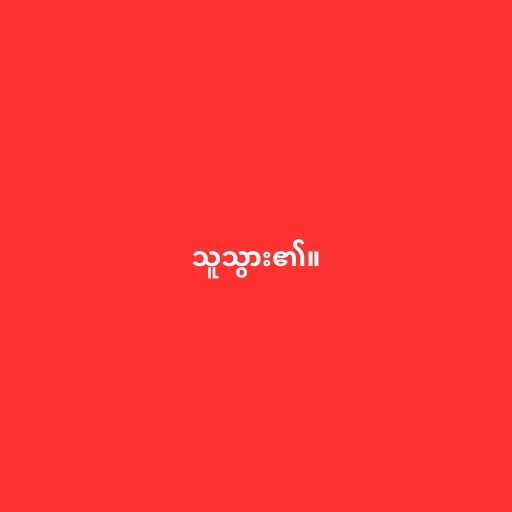
သူသွား၏။